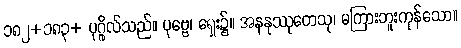
၁၈၂+၁၈၃+ ပုဂ္ဂိုလ်သည်။ ပုဗ္ဗေ၊ ရှေး၌။ အနနုဿုတေသု၊ မကြားဘူးကုန်သော။